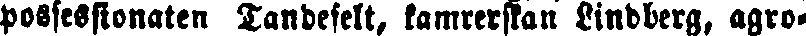
possessionaten Tandefelt, kamrerskan Lindberg, agro-